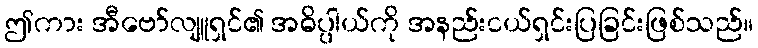
ဤကား အီဗော်လျူရှင်၏ အဓိပ္ပါယ်ကို အနည်းငယ်ရှင်းပြခြင်းဖြစ်သည်။